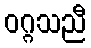
ဝဂ္ဂသညီ